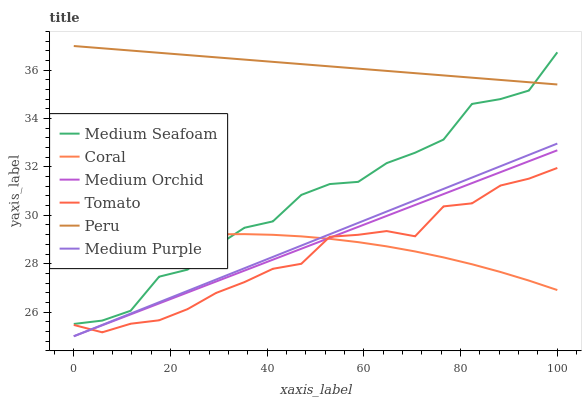
| xaxis_label | Medium Seafoam | Coral | Medium Orchid | Tomato | Peru | Medium Purple |
 | --- | --- | --- | --- | --- | --- | --- |
 | 0 | 25.5 | 28.6 | 25 | 25.5 | 37 | 25 |
 | 5.88 | 25.6 | 28.8 | 25.5 | 25.2 | 36.9 | 25.5 |
 | 11.8 | 26.1 | 29 | 25.9 | 25.5 | 36.8 | 25.9 |
 | 17.6 | 27.5 | 29.1 | 26.4 | 25.7 | 36.7 | 26.4 |
 | 23.5 | 27.8 | 29.2 | 26.8 | 26.1 | 36.6 | 26.9 |
 | 29.4 | 28.7 | 29.2 | 27.3 | 26.8 | 36.5 | 27.3 |
 | 35.3 | 29.5 | 29.2 | 27.7 | 27.2 | 36.4 | 27.8 |
 | 41.2 | 29.7 | 29.2 | 28.2 | 27.8 | 36.3 | 28.3 |
 | 47.1 | 30.8 | 29.1 | 28.6 | 28 | 36.3 | 28.7 |
 | 52.9 | 31.3 | 29 | 29.1 | 29.1 | 36.2 | 29.2 |
 | 58.8 | 31.4 | 28.9 | 29.5 | 29.2 | 36.1 | 29.7 |
 | 64.7 | 32.2 | 28.7 | 30 | 29.3 | 36 | 30.2 |
 | 70.6 | 32.6 | 28.5 | 30.4 | 29.1 | 35.9 | 30.6 |
 | 76.5 | 33.1 | 28.3 | 30.9 | 30.4 | 35.8 | 31.1 |
 | 82.4 | 34.6 | 28 | 31.3 | 30.5 | 35.7 | 31.6 |
 | 88.2 | 34.8 | 27.7 | 31.8 | 31.2 | 35.6 | 32 |
 | 94.1 | 35.2 | 27.3 | 32.2 | 31.5 | 35.5 | 32.5 |
 | 100 | 36.7 | 26.9 | 32.7 | 32 | 35.4 | 33 |